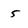
Character: 5